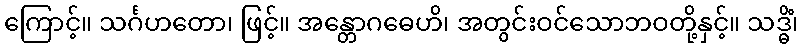
ကြောင့်။ သင်္ဂဟတော၊ ဖြင့်။ အန္တောဂဓေဟိ၊ အတွင်းဝင်သောဘဝတို့နှင့်။ သဒ္ဓိံ၊